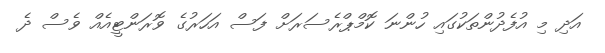
އަދި މި އުފެދުންތަކުގައި ހުންނަ ކޮމްޕްރެސަރަށް ފަސް އަހަރުގެ ވޮރަންޓީއެއް ވެސް ދެ